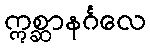
ဣစ္ဆာနင်္ဂလေ